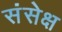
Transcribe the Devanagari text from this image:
संसेक्ष